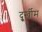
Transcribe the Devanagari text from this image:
दुूर्खीम